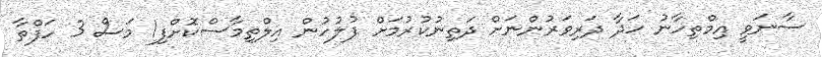
ސާނަވީ އިމްތިހާނު ހަދާ ދަރިވަރުންނަށް ދަތިނުކުރުމަށް ފުލުހުން އިލްތިމާސްކޮށްފި1 މަސް 3 ހަފްތާ